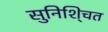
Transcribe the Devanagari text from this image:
सुनिशि्चत